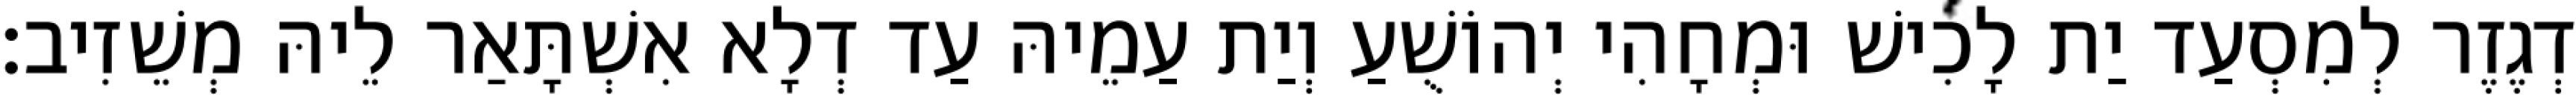
דְגֶזֶר לְמִסְעַד יַת לָכִישׁ וּמְחָהִי יְהוֹשֻׁעַ וְיַת עַמֵיהּ עַד דְלָא אִשְׁתָּאַר לֵיהּ מְשֵׁזִיב׃